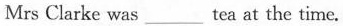
Mrs Clarke was___tea at the time.